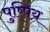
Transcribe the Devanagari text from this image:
पुष्पिय